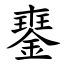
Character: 䥅